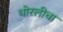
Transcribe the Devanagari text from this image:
थोरलीचा